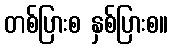
တစ်ပြားစ နှစ်ပြားစ။